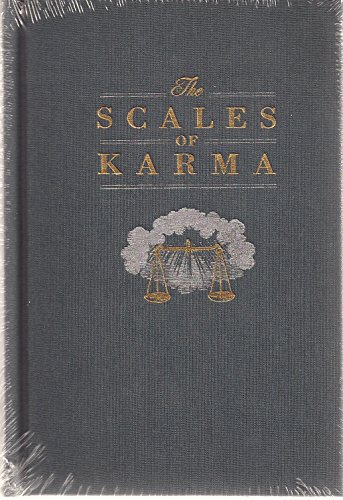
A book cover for The Scales of Karma; Owen Rutter; Religion & Spirituality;